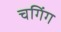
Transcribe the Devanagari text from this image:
चगिंग